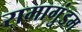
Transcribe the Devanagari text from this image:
रामागुंडम